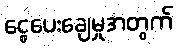
ငွေပေးချေမှုအတွက်